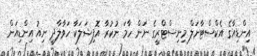
އިންޑިއާގެ އެކްސްޓާނަލް މިނިސްޓްރީގެ ނަން ހާމަ ނުކުރާ އޮފިޝަލަކާ ހަވާލާދީ ނިއު އިންޑިއަން